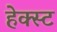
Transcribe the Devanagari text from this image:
हेक्स्ट